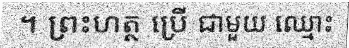
។ ព្រះហត្ថ ប្រើ ជាមួយ ឈ្មោះ